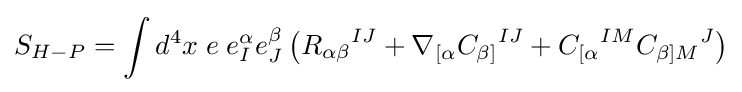
S_{H-P}=\int d^{4}x\;e\;e_{I}^{\alpha }e_{J}^{\beta }\left({R_{\alpha \beta }}^{IJ}+\nabla _{[\alpha }{C_{\beta ]}}^{IJ}+{C_{[\alpha }}^{IM}{C_{\beta ]M}}^{J}\right)